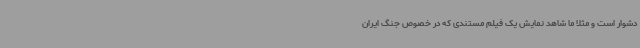
دشوار است و مثلا ما شاهد نمایش یک فیلم مستندی که در خصوص جنگ ایران